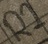
Text: R2